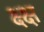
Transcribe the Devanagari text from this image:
क्ष्क्ष